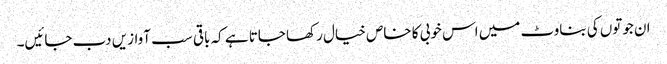
ان جوتوں کی بناوٹ میں اس خوبی کا خاص خیال رکھا جاتا ہے کہ باقی سب آوازیں دب جائیں۔